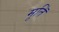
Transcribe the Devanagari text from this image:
मूतिॅ